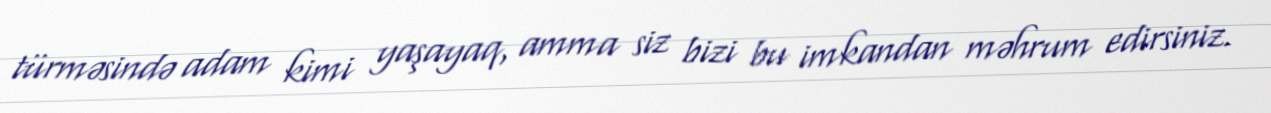
türməsində adam kimi yaşayaq, amma siz bizi bu imkandan məhrum edirsiniz.